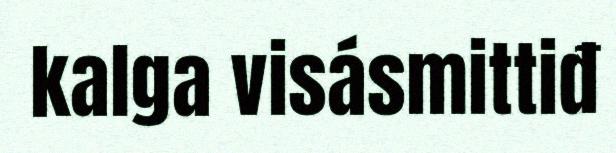
kalga visásmittiđ